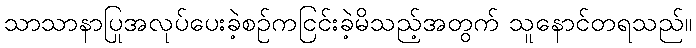
သာသာနာပြုအလုပ်ပေးခဲ့စဉ်ကငြင်းခဲ့မိသည့်အတွက် သူနောင်တရသည်။